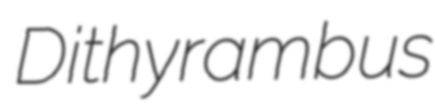
Dithyrambus